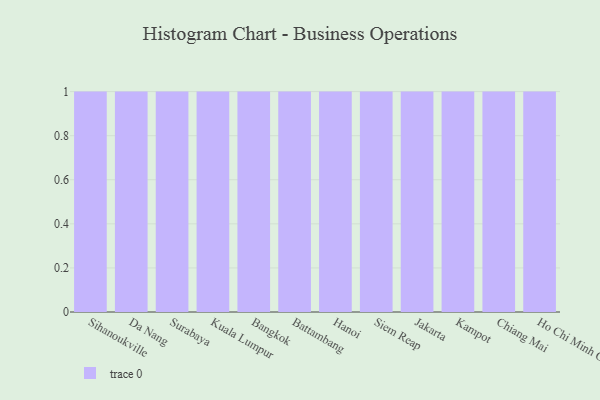
{"axis": {"x": "City", "y": "Conversion Rate (%)"}, "legend": [""], "data": [{"x": "Sihanoukville", "y": 34, "type": ""}, {"x": "Da Nang", "y": 53, "type": ""}, {"x": "Surabaya", "y": 84, "type": ""}, {"x": "Kuala Lumpur", "y": 74, "type": ""}, {"x": "Bangkok", "y": 91, "type": ""}, {"x": "Battambang", "y": 44, "type": ""}, {"x": "Hanoi", "y": 90, "type": ""}, {"x": "Siem Reap", "y": 33, "type": ""}, {"x": "Jakarta", "y": 40, "type": ""}, {"x": "Kampot", "y": 28, "type": ""}, {"x": "Chiang Mai", "y": 12, "type": ""}, {"x": "Ho Chi Minh City", "y": 22, "type": ""}]}